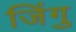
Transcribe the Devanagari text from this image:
जिंगु